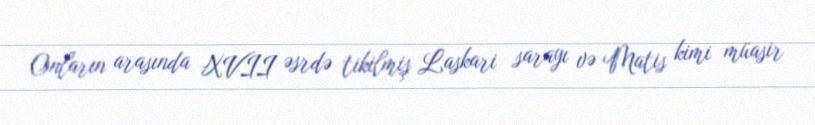
Onların arasında XVII əsrdə tikilmiş Laskari sarayı və Matis kimi müasir